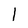
Character: 1